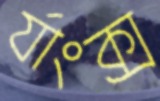
র‍্যাংক্স